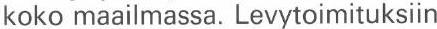
koko maailmassa. Levytoimituksiin